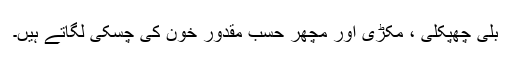
بلی چھپکلی ، مکڑی اور مچھر حسبِ مقدور خون کی چسکی لگاتے ہیں۔